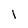
Character: I